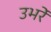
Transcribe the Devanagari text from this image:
उभरें